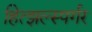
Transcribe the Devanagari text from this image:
हित्झल्स्पर्गर